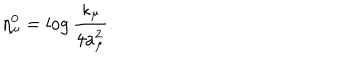
LaTeX: \eta _ { \mu } ^ { 0 } = \log \frac { \kappa _ { \mu } } { 4 a _ { \mu } ^ { 2 } } .